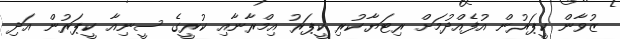
ޒުވާން ކީޕަރުން އުފެއްދުމަށް ރިޓަޔާކުރި ކީޕަރު އިމްރާނާއި ކުރީގެ ސީނިއާ ކީޕަރުން އަދި